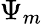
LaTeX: \Psi_{m}